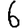
Digit: 6